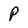
Character: P